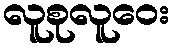
လူစုလူဝေး